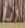
انا